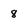
Character: 8